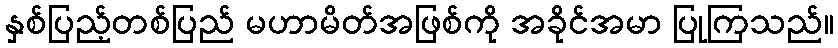
နှစ်ပြည့်တစ်ပြည် မဟာမိတ်အဖြစ်ကို အခိုင်အမာ ပြုကြသည်။